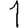
Digit: 1